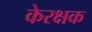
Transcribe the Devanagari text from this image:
केरक्षक